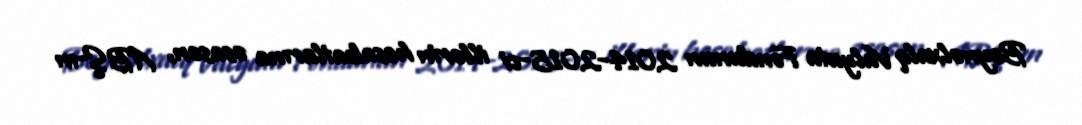
Beynəlxalq Valyuta Fondunun 2014-2015-ci illərin hesabatlarına əsasən, ABŞ-ın